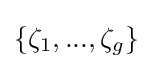
\{\zeta _{1},...,\zeta _{g}\}